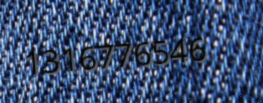
1316776546